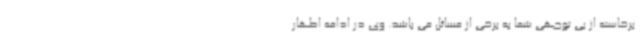
برخاسته از بی توجهی شما به برخی از مسائل می باشد. وی در ادامه اظهار